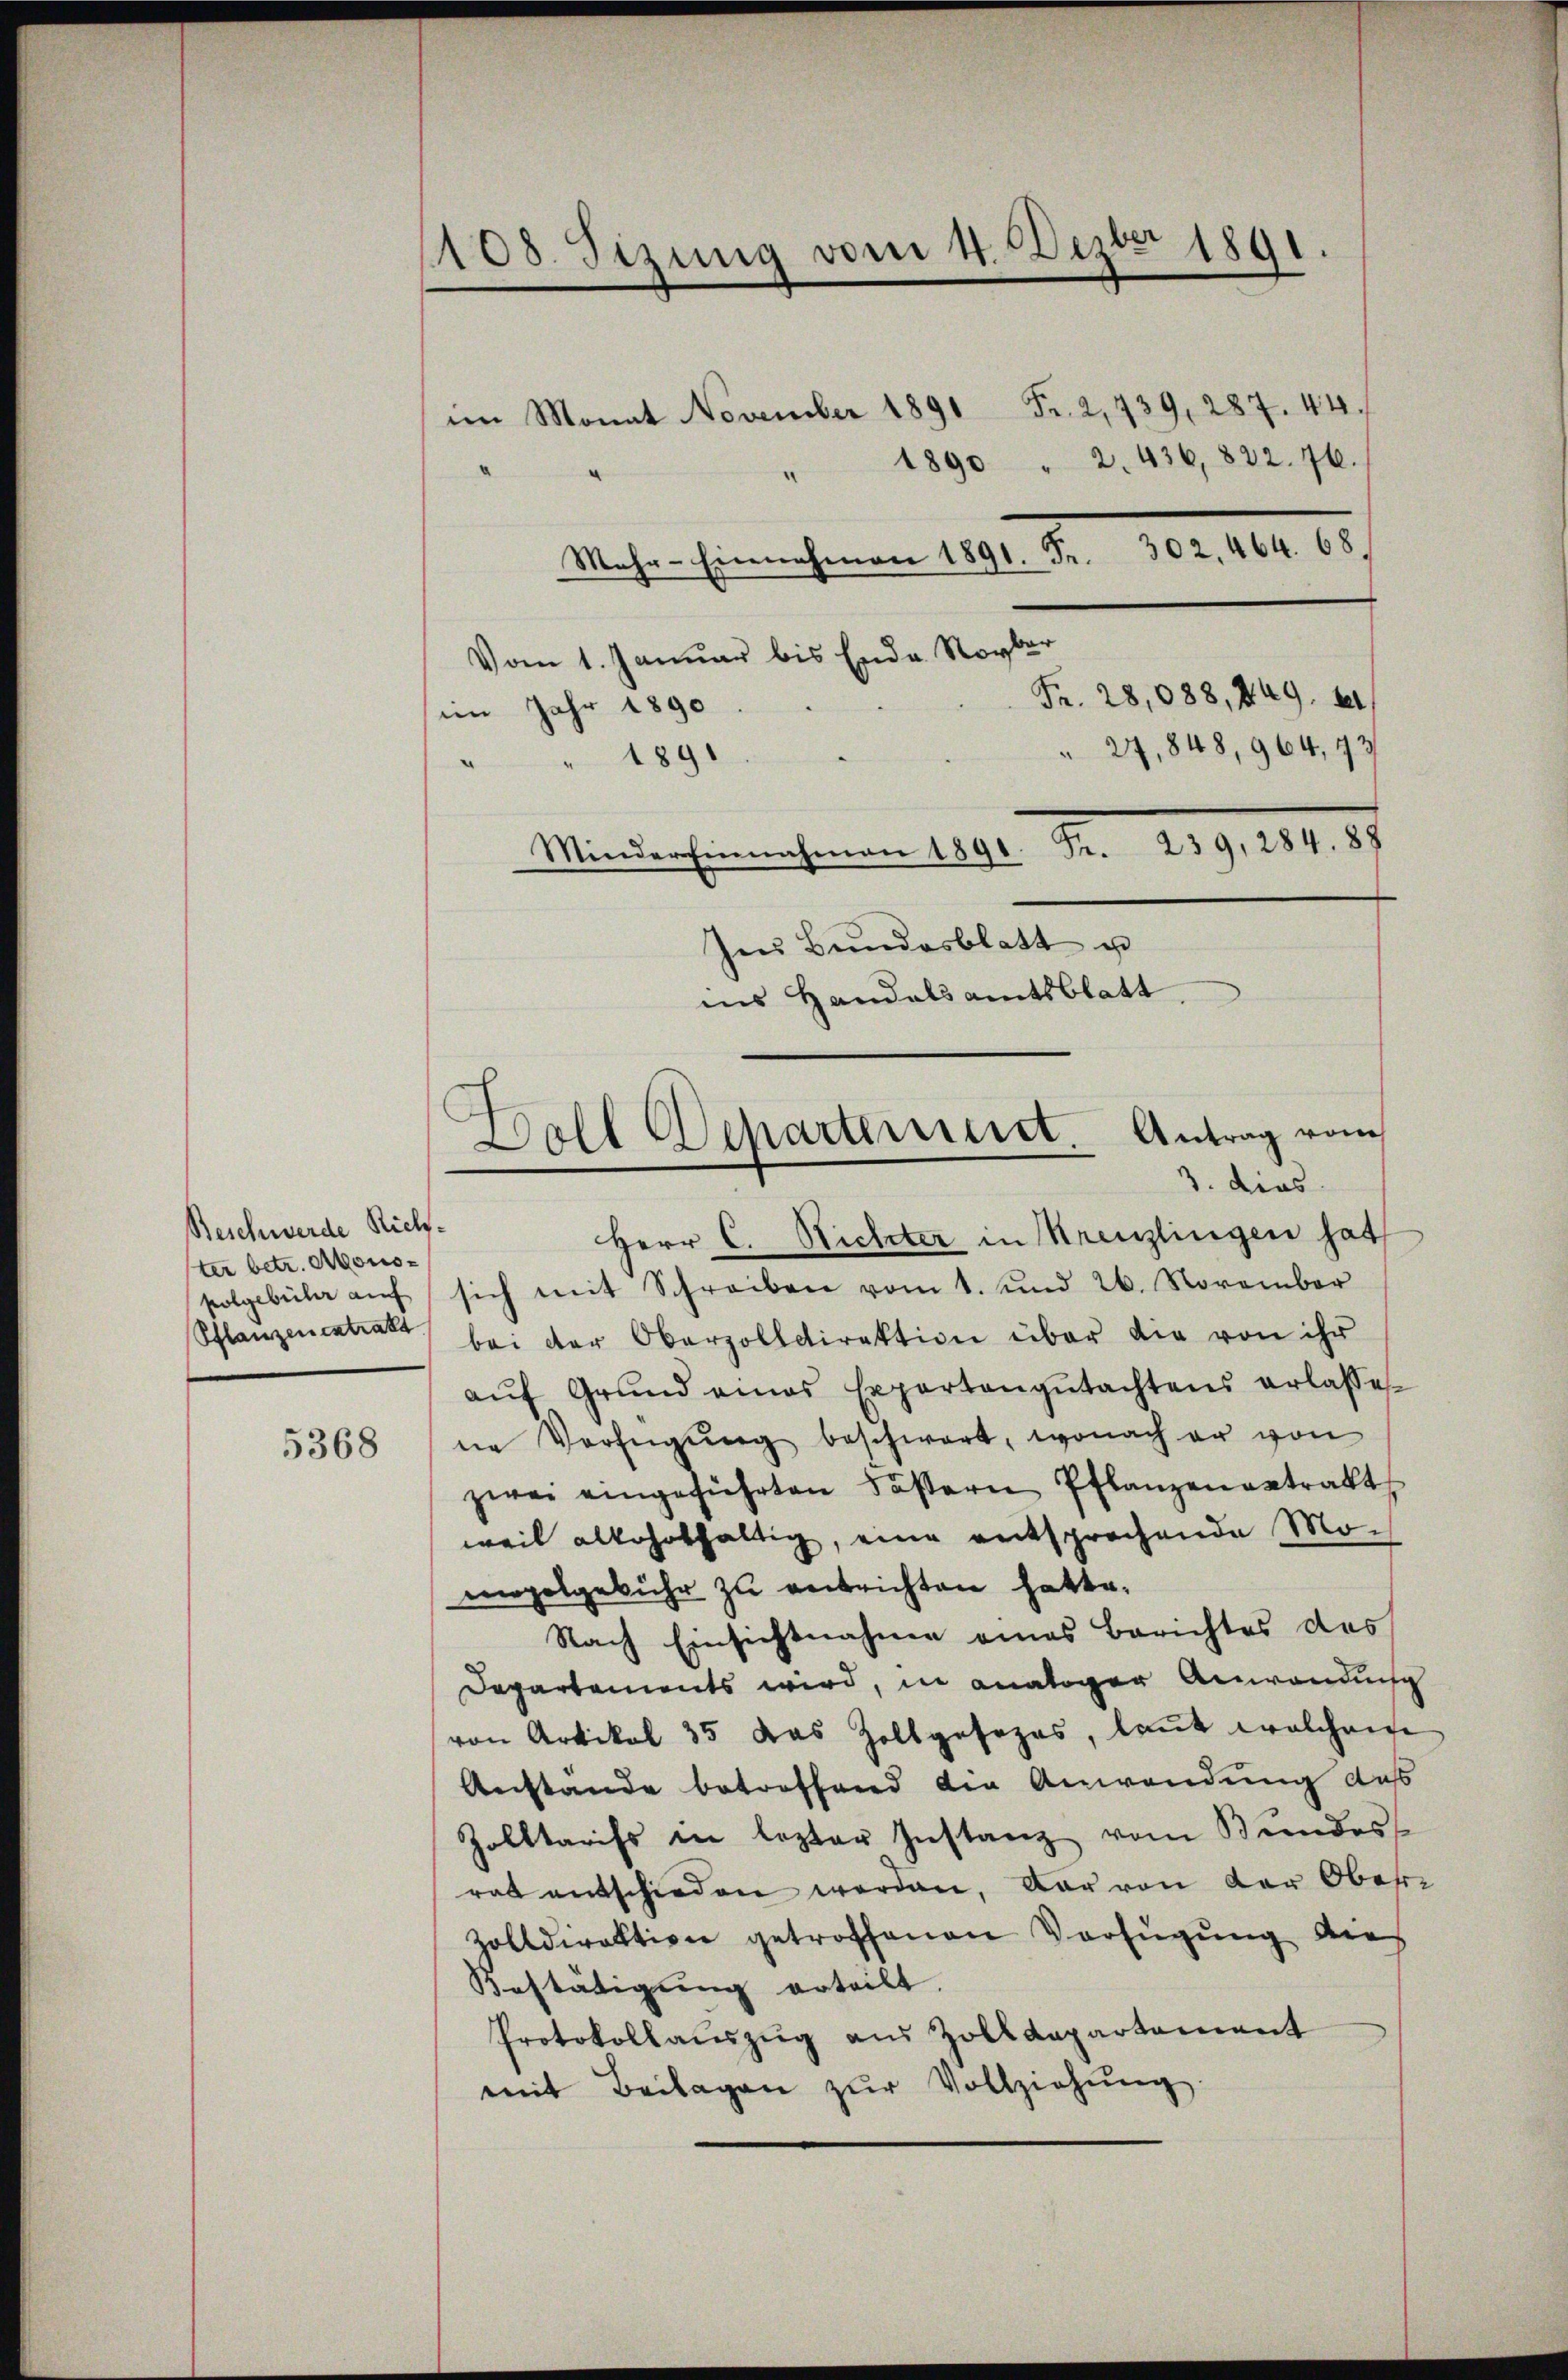
Beschwerde Richter betr. Mono¬
Pflanzen extrakt
5368

108. Sizung vom 4. Dezbr 1891
Fr. 2, 439, 287. 44.
im Monat November 1891
" 1890 " 2. 436, 822. 76.

Mehr-Einnahmen 1891. Fr. 302. 464. 68.
Vom 1. Januar bis Ende Royber
Fr. 28,088, 449. 61,
im Jahr 1890
 27, 848, 964, 43
" " 1891
Minder Einnahmen 1891 Fr. 209, 264. 87
Ins Bundesblatt u
ins Handalsamtsblatt

Ball Departerieret. Antrag vom
3. dies

Herr C. Richter in Kreuzlingen hat
folgebüler aŭf sich mit Schreiben vom 1. und 26. November
bei der Oberzolldirektion über die von ihr
aŭf Grŭnd eines Expertengŭtachtens erlasse.
ne Verfügung beschwart, wonach er von
zwei eingeführten dasern Pflanzengetrakt
weil allehrthaltig, eine entsprechende Mo-
mpelgebühr zu verbrichten hatte.
Nach Einsichtnahme eines Berichtes des
Departements wird, in analoger Anwendung
von Artikel 35 das Zollgesezes, laut welchem
Anstande betreffend die Anwendung daß
Zolltariss in lezter Instanz vom Bundes
rat entschieden werden, dar von der Ober¬
Zolldirektion getroffenen Verfügung die
Bestätigung erteilt.
Protokollaŭszŭg aŭs Zolldepartement
mit Beilagen zŭr Vollziehŭng.